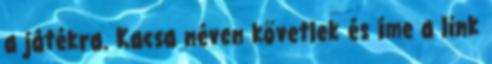
a játékra. Kacsa néven követlek és íme a link